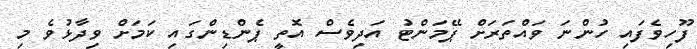
ފޫހިވެފައި ހުންނަ ވައްތަރަށް ޕޭމަންޓު އަދިވެސް އޮތީ ޕެންޑިންގައި ކަމަށް ވިދާޅުވެ މި